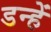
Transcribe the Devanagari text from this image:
डन्हें